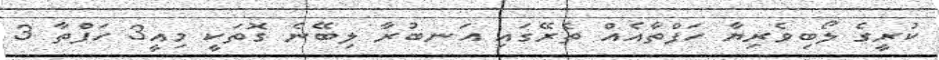
ކުރީގެ ލޯބިވެރިޔާ ހަފްތާއެއް ތެރޭގައި އަނބުރާ ލިބޭނެ ގޮތަކީ މިއީ3 ހަފްތާ 3